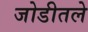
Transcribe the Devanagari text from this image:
जोडीतले